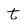
Character: t